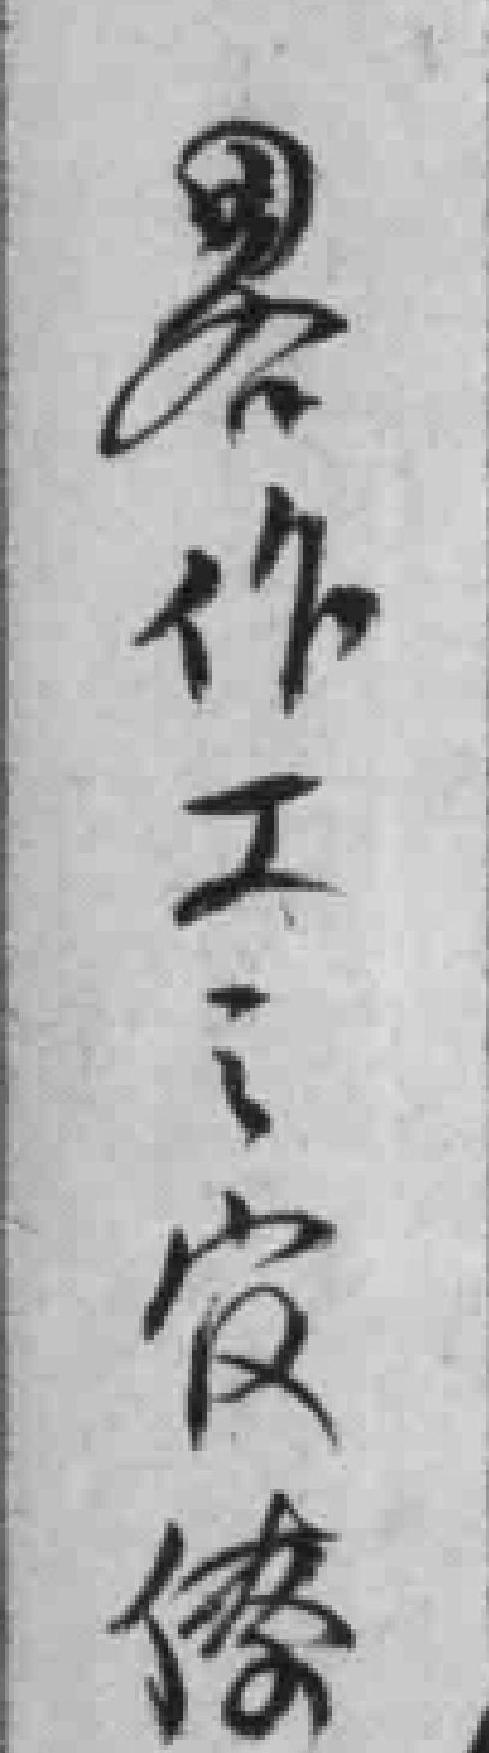
畧作工之官僚